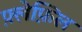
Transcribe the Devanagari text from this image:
फ़्लेफ़िल